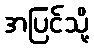
အပြင်သို့